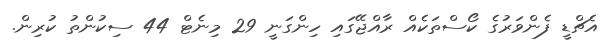
އެޗްޑީ ފެންވަރުގެ ކޯސްތަކެއް ރާއްޖޭގައި ހިންގަނީ 29 މިނެޓް 44 ސިކުންތު ކުރިން.